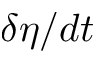
\delta \eta / d t